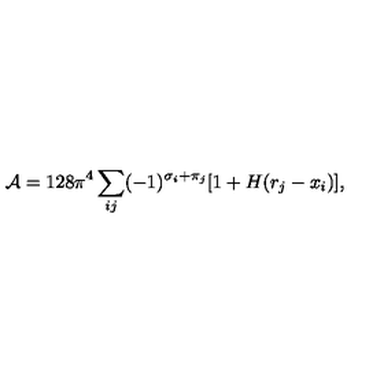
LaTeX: { \cal A } = 1 2 8 \pi ^ { 4 } \sum _ { i j } ( - 1 ) ^ { \sigma _ { i } + \pi _ { j } } [ 1 + H ( r _ { j } - x _ { i } ) ] ,